Document type: Grant
Year: 1445
Scribe: Antoni Gomar
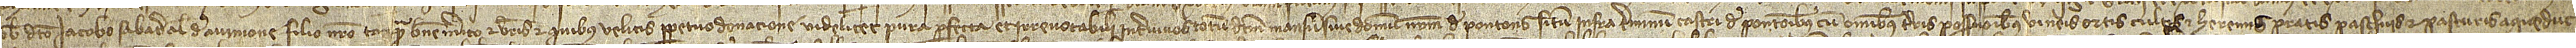
vobis dicto Iacobo Sabater, alias de Avinione, filio nostro tanquam benemerito, et vestris et quibus velitis perpetuo, donacione videlicet pura, perfecta et irrevocabili inter vivos, totum dictum mansum sive domum nostram de Pontons situm infra terminum castri de Pontonibus, cum omnibus terris, possessionibus, vineis, ortis, cultis et heremis, pratis, paschuis et pasturis, aqueduc-